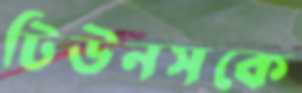
টিউনসকে